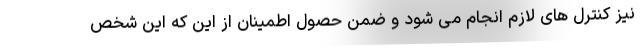
نیز کنترل های لازم انجام می شود و ضمن حصول اطمینان از این که این شخص